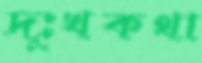
দুঃখকথা